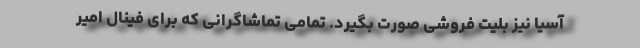
آسیا نیز بلیت فروشی صورت بگیرد. تمامی تماشاگرانی که برای فینال امیر